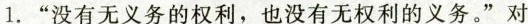
1.“没有无义务的权利，也没有无权利的义务。”对